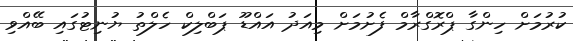
ކުރުމަށް ހިންގާ ޕްރޮގްރާމް ފެށުމަށް މިއަދު އައްޑޫ ޕަބްލިކް ހެލްތު ޔުނިޓުގައި ބޭއްވި